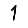
Digit: 1